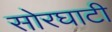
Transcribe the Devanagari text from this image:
सोरघाटी